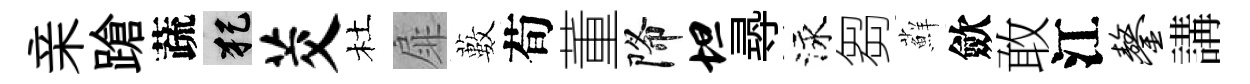
亲蹌蔬犯茭杜扉藪荀董降坦𡬶泳芻蘚歛敢江鏊講